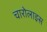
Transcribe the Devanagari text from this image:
चारोलाइस